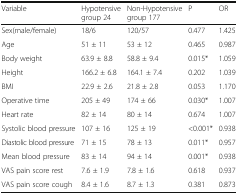
<table><thead><tr><td><b>Variable</b></td><td><b>Hypotensive group 24</b></td><td><b>Non-Hypotensive group 177</b></td><td><b>P</b></td><td><b>OR</b></td></tr></thead><tbody><tr><td>Sex(male/female)</td><td>18/6</td><td>120/57</td><td>0.477</td><td>1.425</td></tr><tr><td>Age</td><td>51 ± 11</td><td>53 ± 12</td><td>0.465</td><td>0.987</td></tr><tr><td>Body weight</td><td>63.9 ± 8.8</td><td>58.8 ± 9.4</td><td>0.015*</td><td>1.059</td></tr><tr><td>Height</td><td>166.2 ± 6.8</td><td>164.1 ± 7.4</td><td>0.202</td><td>1.039</td></tr><tr><td>BMI</td><td>22.9 ± 2.6</td><td>21.8 ± 2.8</td><td>0.053</td><td>1.170</td></tr><tr><td>Operative time</td><td>205 ± 49</td><td>174 ± 66</td><td>0.030*</td><td>1.007</td></tr><tr><td>Heart rate</td><td>82 ± 14</td><td>80 ± 14</td><td>0.674</td><td>1.007</td></tr><tr><td>Systolic blood pressure</td><td>107 ± 16</td><td>125 ± 19</td><td>&lt;0.001*</td><td>0.938</td></tr><tr><td>Diastolic blood pressure</td><td>71 ± 15</td><td>78 ± 13</td><td>0.011*</td><td>0.957</td></tr><tr><td>Mean blood pressure</td><td>83 ± 14</td><td>94 ± 14</td><td>0.001*</td><td>0.938</td></tr><tr><td>VAS pain score rest</td><td>7.6 ± 1.9</td><td>7.8 ± 1.6</td><td>0.618</td><td>0.937</td></tr><tr><td>VAS pain score cough</td><td>8.4 ± 1.6</td><td>8.7 ± 1.3</td><td>0.381</td><td>0.873</td></tr></tbody></table>